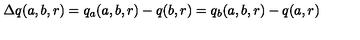
\Delta q ( a , b , r ) = q _ { a } ( a , b , r ) - q ( b , r ) = q _ { b } ( a , b , r ) - q ( a , r )